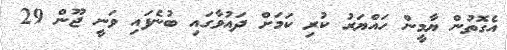
އެގޮތުން ޔާމީން ހައްޔަރު ކުރި ކަމަށް ދައުވާގައި ބުނެފައި ވަނީ ޖޫން 29